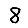
Digit: 8